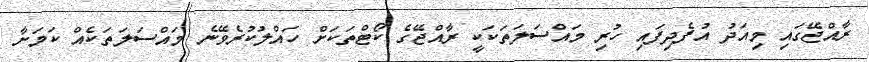
ރާއްޖޭގައި މިއަދު އުފެދިފައި ހުރި މައްސަލަތަކަކީ ރާއްޖޭގެ ކޯޓްތަކަށް ހައްލުކުރެވޭނެ މައްސަލަތަކެއް ކަމަށާ